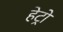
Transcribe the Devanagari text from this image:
हेट्रो